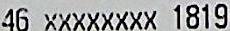
46 XXXXXXXX 1819